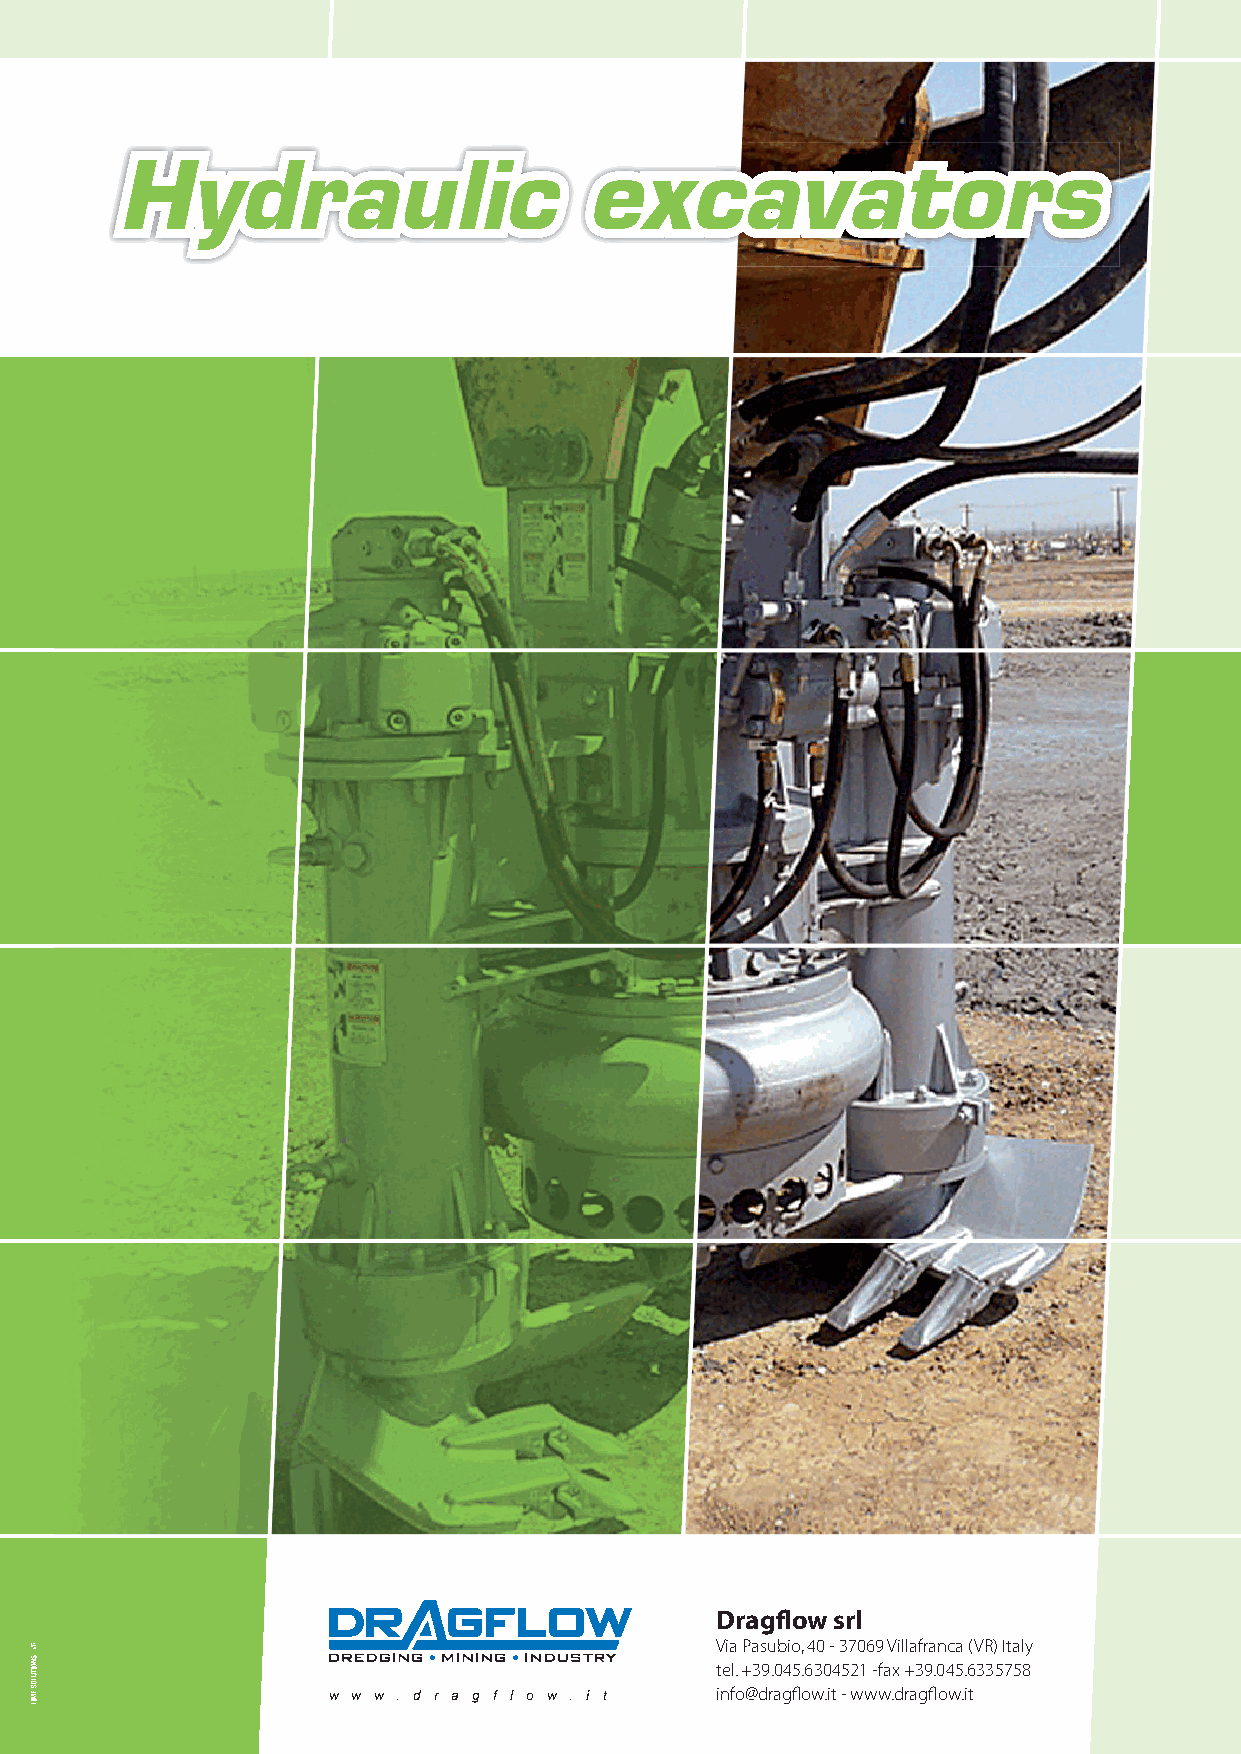
Hydraulic                      excavators
 Dragfl ow srl
 Via Pasubio, 40 - 37069 Villafranca (VR) Italy
 tel. +39.045.6304521 -fax +39.045.6335758
 w w w . d r a g f l o w . i t info@dragfl ow.it - www.dragfl ow.it
 Hydraulic
 excavators